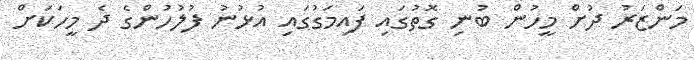
މަންޒަރު ދުށް މީހުން ބުނި ގޮތުގައި ފައިމަގުގައި އުޅުނު ފުލުހުންގެ ދެ މީހަކަށް